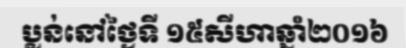
ប្លន់នៅថ្ងៃទី ១៥សីហាឆ្នាំ២០១៦